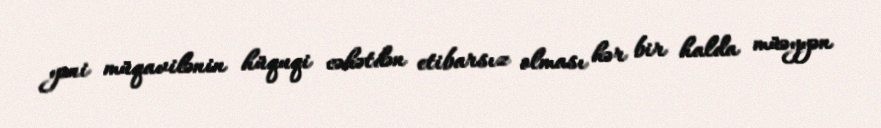
yəni müqavilənin hüquqi cəhətdən etibarsız olması hər bir halda müəyyən